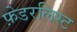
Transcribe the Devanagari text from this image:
फ़ेडरलिस्ट